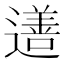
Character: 𨗚